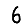
Digit: 6